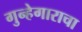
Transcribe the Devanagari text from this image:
गुन्हेगाराचा